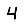
Digit: 4